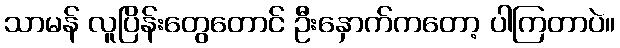
သာမန် လူပြိန်းတွေတောင် ဦးနှောက်ကတော့ ပါကြတာပဲ။